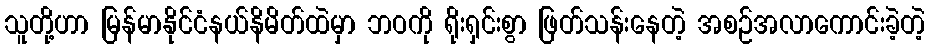
သူတို့ဟာ မြန်မာနိုင်ငံနယ်နိမိတ်ထဲမှာ ဘဝကို ရိုးရှင်းစွာ ဖြတ်သန်းနေတဲ့ အစဉ်အလာကောင်းခဲ့တဲ့